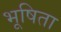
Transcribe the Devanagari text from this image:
भूषिता